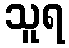
သူရ